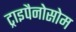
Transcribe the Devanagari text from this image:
ट्राइपैनोसोम